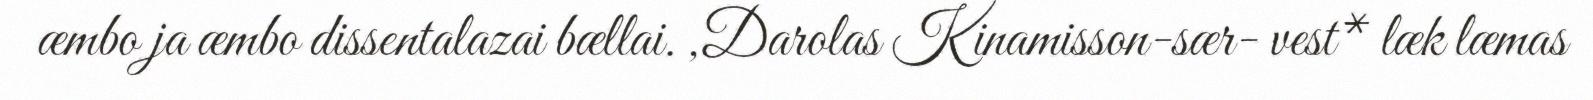
æmbo ja æmbo dissentalazai bællai. ,Darolas Kinamisson-sær- vest* læk læmas